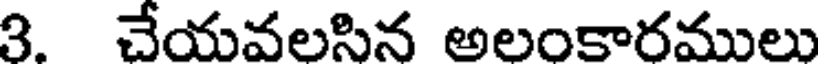
3. చేయవలసిన అలంకారములు